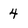
Character: 4